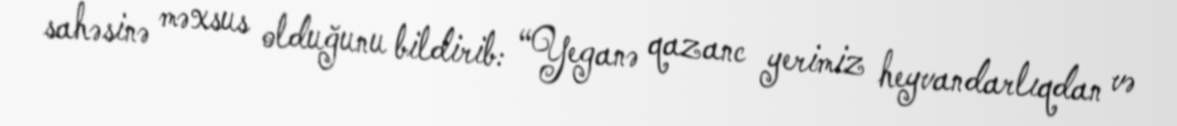
sahəsinə məxsus olduğunu bildirib: “Yeganə qazanc yerimiz heyvandarlıqdan və